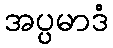
အပ္ပမာဒံ